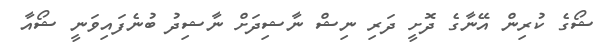
ޝޯގެ ކުރިން އޭނާގެ ދޮށީ ދަރި ނިޝް ނާޝިދަށް ނާޝިދު ބުނެފައިވަނީ ޝޯއާ